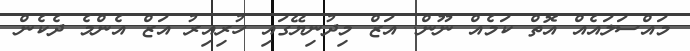
މައްސަލައެއް އޮތް ކަމެއް ނޫން. އަޒް މިދުނިޔޭގައި ހުރިއިރު އަޒް އެންމެ ދެކެން